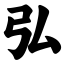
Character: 弘